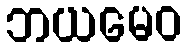
ဘယမေဝ